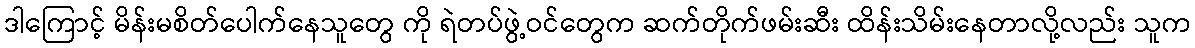
ဒါကြောင့် မိန်းမစိတ်ပေါက်နေသူတွေ ကို ရဲတပ်ဖွဲ့ဝင်တွေက ဆက်တိုက်ဖမ်းဆီး ထိန်းသိမ်းနေတာလို့လည်း သူက